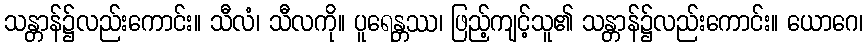
သန္တာန်၌လည်းကောင်း။ သီလံ၊ သီလကို။ ပူရေန္တဿ၊ ဖြည့်ကျင့်သူ၏ သန္တာန်၌လည်းကောင်း။ ယောဂေ၊